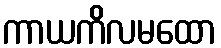
ကာယကိလမထော